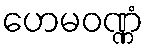
ဟေမဝဏ္ဏံ